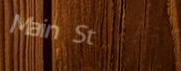
Main St